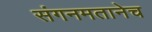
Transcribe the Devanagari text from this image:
संगनमतानेच